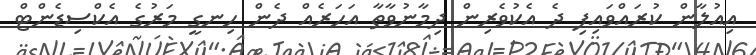
އިއުލާން ކުރައްވައިފި ދެ އެކުވެރިން ދިމާނުވާތާ އަހަރެއް ދެން ހިނގީ މަރުގެ އެކްސިޑެންޓް